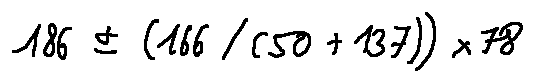
1 8 6 \pm ( 1 6 6 / ( 5 0 + 1 3 7 ) ) \times 7 8